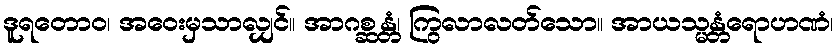
ဒူရတောဝ၊ အဝေးမှသာလျှင်။ အာဂစ္ဆန္တံ၊ ကြွလာလတ်သော။ အာယသ္မန္တံရောဟဏံ၊